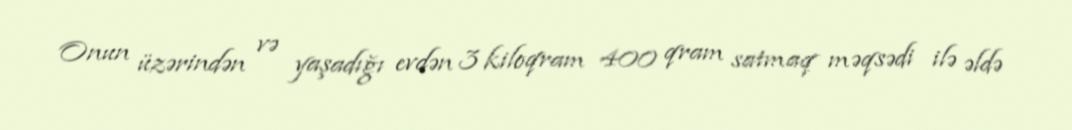
Onun üzərindən və yaşadığı evdən 3 kiloqram 400 qram satmaq məqsədi ilə əldə